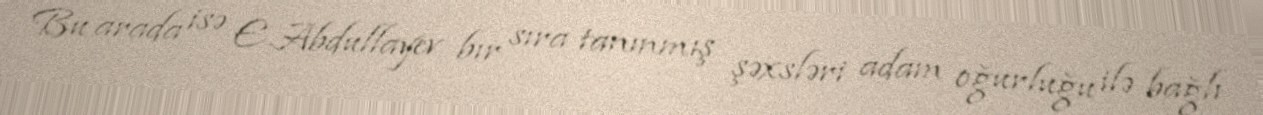
Bu arada isə E.Abdullayev bır sıra tanınmış şəxsləri adam oğurluğu ilə bağlı